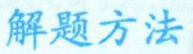
解题方法